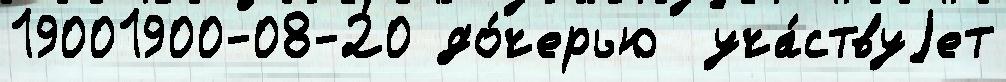
19001900-08-20 до́черью  уча́ствуjет